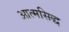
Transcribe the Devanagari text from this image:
आत्मसिद्ध